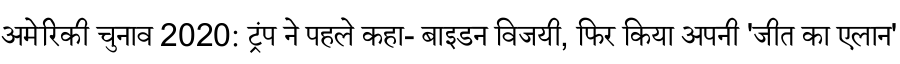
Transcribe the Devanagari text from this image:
अमेरिकी चुनाव 2020: ट्रंप ने पहले कहा- बाइडन विजयी, फिर किया अपनी 'जीत का एलान'